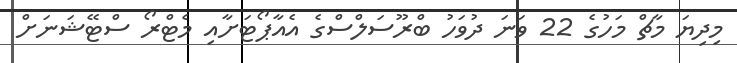
މިދިޔަ މާޗް މަހުގެ 22 ވަނަ ދުވަހު ބްރޫސަލްސްގެ އެއާޕޯޓަށާއި މެޓްރޯ ސްޓޭޝަނަށް